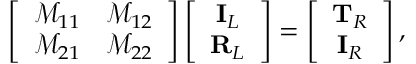
\left[ \begin{array} { c c } { \mathcal { M } _ { 1 1 } } & { \mathcal { M } _ { 1 2 } } \\ { \mathcal { M } _ { 2 1 } } & { \mathcal { M } _ { 2 2 } } \end{array} \right] \left[ \begin{array} { c } { \mathbf { I } _ { L } } \\ { \mathbf { R } _ { L } } \end{array} \right] = \left[ \begin{array} { c } { \mathbf { T } _ { R } } \\ { \mathbf { I } _ { R } } \end{array} \right] ,